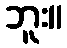
ဘူး။